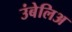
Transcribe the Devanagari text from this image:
उंबेलिअ